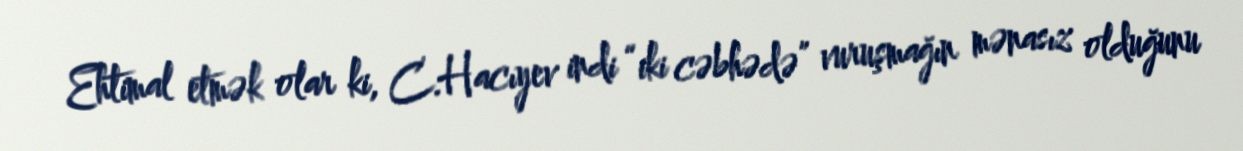
Ehtimal etmək olar ki, C.Hacıyev indi “iki cəbhədə” vuruşmağın mənasız olduğunu